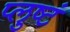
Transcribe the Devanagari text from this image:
प्लुष्टं